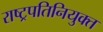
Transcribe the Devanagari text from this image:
राष्ट्रपतिनियुक्त